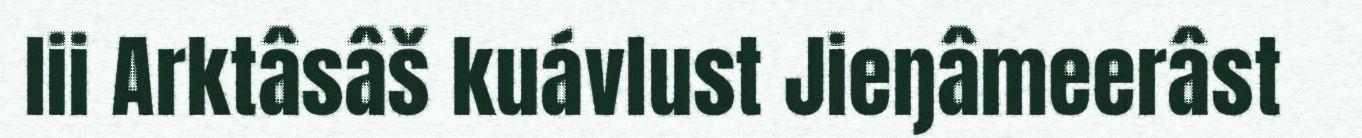
lii Arktâsâš kuávlust Jieŋâmeerâst